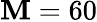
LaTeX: \mathbf{M}=60